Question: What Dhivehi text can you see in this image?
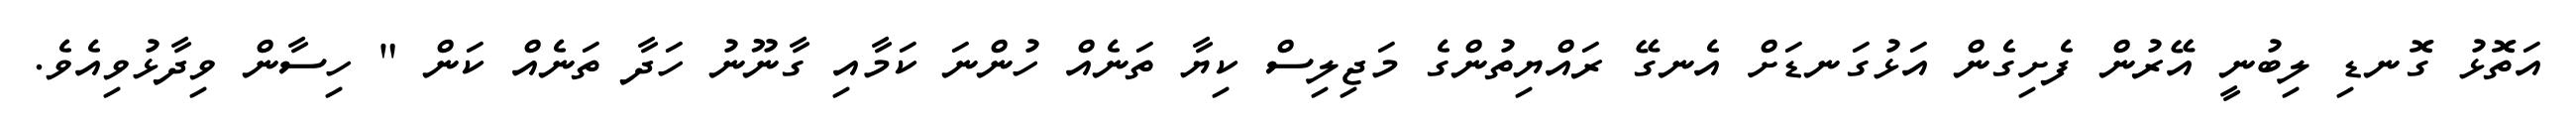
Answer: އަތޮޅު ގޮނޑި ލިބުނީ އޭރުން ފެށިގެން އަޅުގަނޑަށް އެނގޭ ރައްޔިތުންގެ މަޖިލިސް ކިޔާ ތަނެއް ހުންނަ ކަމާއި ގާނޫނު ހަދާ ތަނެއް ކަން " ހިސާން ވިދާޅުވިއެވެ.